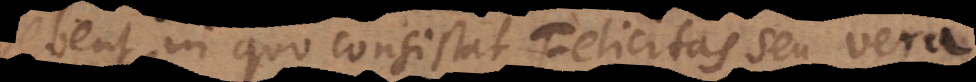
debent, in quo consistat Felicitas seu vera